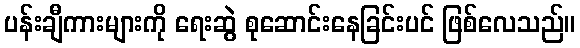
ပန်းချီကားများကို ရေးဆွဲ စုဆောင်းနေခြင်းပင် ဖြစ်လေသည်။